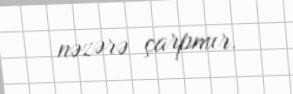
nəzərə çarpmır.